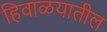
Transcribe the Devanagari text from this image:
हिवाळयातील